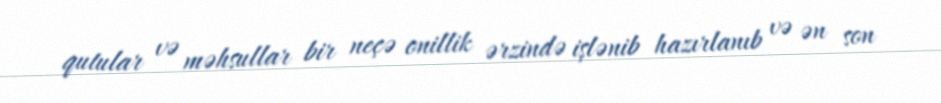
qutular və məhsullar bir neçə onillik ərzində işlənib hazırlanıb və ən son